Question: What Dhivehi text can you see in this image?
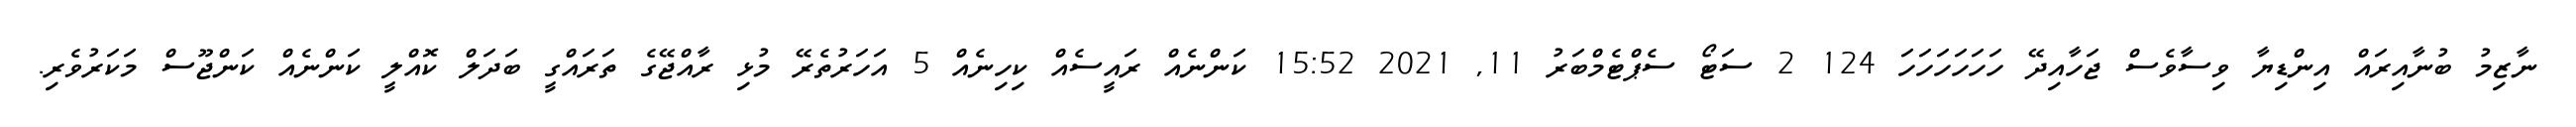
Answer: ނާޒިމު ބުނާއިރައް އިންޑިޔާ ވިސާވެސް ޖަހާއިދޭ ހަހަހަހަހަހަ 124 2 ސަޓޯ ސެޕްޓެމްބަރު 11, 2021 15:52 ކަންނެއް ރައީސެއް ކިހިނެއް 5 އަހަރުތެރޭ މުޅި ރާއްޖޭގެ ތަރައްގީ ބަދަލް ކޮއްލީ ކަންނެއް ކަންޖޫސް މަކަރުވެރި.